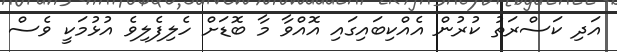
އަދި ކަސްރަތު ކުރުން އެއްކިބައިގައި އޮއްވާ މާ ބޮޑަށް ހެލިފެލިވެ އުޅުމަކީ ވެސް